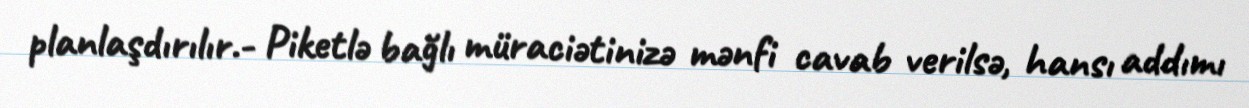
planlaşdırılır.- Piketlə bağlı müraciətinizə mənfi cavab verilsə, hansı addımı